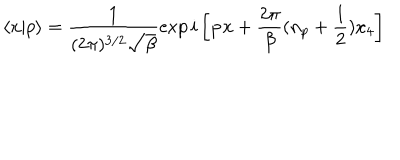
\langle x | p \rangle = \frac 1 { ( 2 \pi ) ^ { 3 / 2 } \sqrt { \beta } } \exp i \left[ { \bf p x } + \frac { 2 \pi } { \beta } ( n _ { p } + \frac 1 2 ) x _ { 4 } \right]